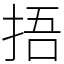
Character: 捂